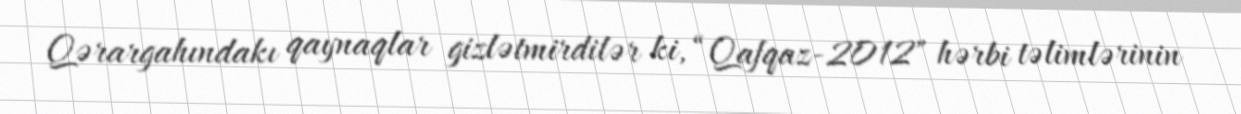
Qərargahındakı qaynaqlar gizlətmirdilər ki, “Qafqaz-2012" hərbi təlimlərinin